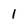
Character: 1